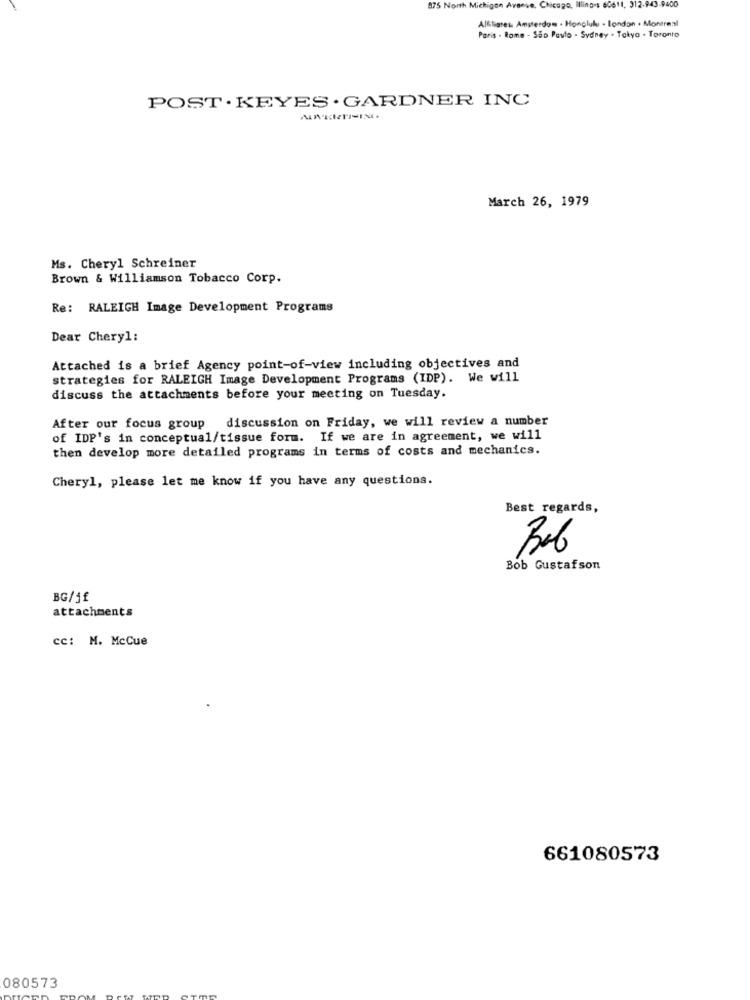
875 North Michigan Avenue, Chicago, Illinois 60611, 312.943-9400
Al&liates Amsterdom . Honolulu - london . Montreal
Paris - Rome - Sao Paulo - Sydney . Tokyo . Toronto
POST . KEYES . GARDNER INC
March 26, 1979
Ms. Cheryl Schreiner
Brown & Williamson Tobacco Corp.
Re: RALEIGH Image Development Programs
Dear Cheryl:
Attached is a brief Agency point-of-view including objectives and
strategies for RALEIGH Image Development Programs (IDP). We will
discuss the attachments before your meeting on Tuesday.
discussion on Friday, we will review a number
After our focus group
of IDP's in conceptual/tissue form. If we are in agreement, we will
then develop more detailed programs in terms of costs and mechanics.
Cheryl, please let me know if you have any questions.
Best regards,
Bob Gustafson
BG/jf
attachments
cc: M. McCue
661080573
080573